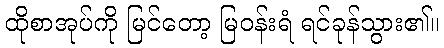
ထိုစာအုပ်ကို မြင်တော့ မြဝန်းရံ ရင်ခုန်သွား၏။